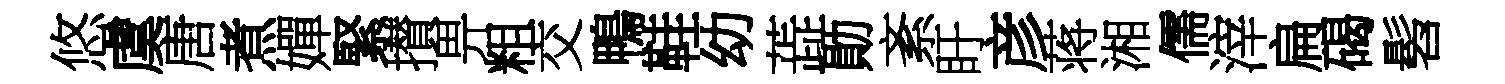
悠虞唐煮嬋緊攅畀粗交鴨鞋幼蕋勛紊盱彦蒋湘儒滓扁碣髫